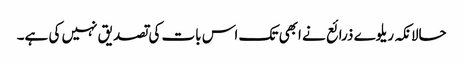
حالانکہ ریلوے ذرائع نے ابھی تک اس بات کی تصدیق نہیں کی ہے۔